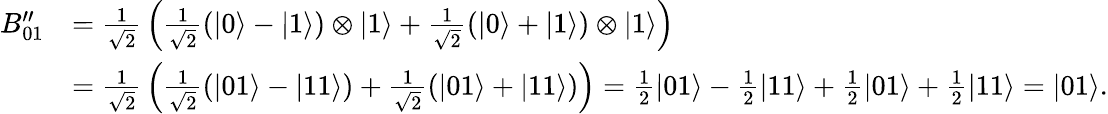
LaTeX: {\begin{array}{rl}{B_{01}^{\prime\prime}}&{={\frac{1}{\sqrt{2}}}\left({\frac{1}{\sqrt{2}}}(|0\rangle-|1\rangle)\otimes|1\rangle+{\frac{1}{\sqrt{2}}}(|0\rangle+|1\rangle)\otimes|1\rangle\right)}\\ &{={\frac{1}{\sqrt{2}}}\left({\frac{1}{\sqrt{2}}}(|01\rangle-|11\rangle)+{\frac{1}{\sqrt{2}}}(|01\rangle+|11\rangle)\right)={\frac{1}{2}}|01\rangle-{\frac{1}{2}}|11\rangle+{\frac{1}{2}}|01\rangle+{\frac{1}{2}}|11\rangle=|01\rangle.}\end{array}}